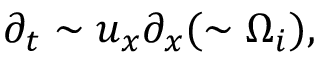
\partial _ { t } \sim u _ { x } \partial _ { x } ( \sim \Omega _ { i } ) ,